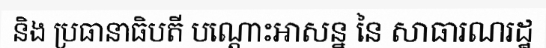
និង ប្រធានាធិបតី បណ្តោះអាសន្ន នៃ សាធារណរដ្ឋ